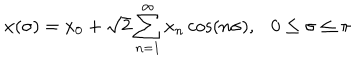
LaTeX: x ( \sigma ) = x _ { 0 } + \sqrt { 2 } \sum _ { n = 1 } ^ { \infty } x _ { n } \cos ( n \sigma ) , 0 \leq \sigma \leq \pi